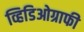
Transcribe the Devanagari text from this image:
व्हिडिओग्राफी